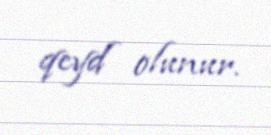
qeyd olunur.